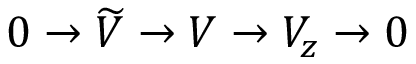
0 \rightarrow \widetilde { V } \rightarrow V \rightarrow V _ { z } \rightarrow 0